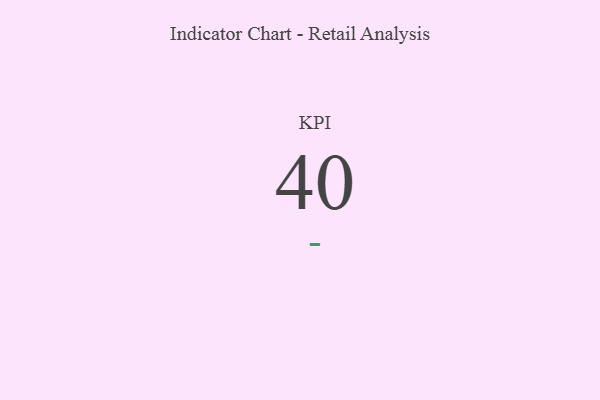
{"axis": {"x": "KPI", "y": "Value"}, "legend": [""], "data": [{"x": "KPI", "y": 40, "type": ""}]}